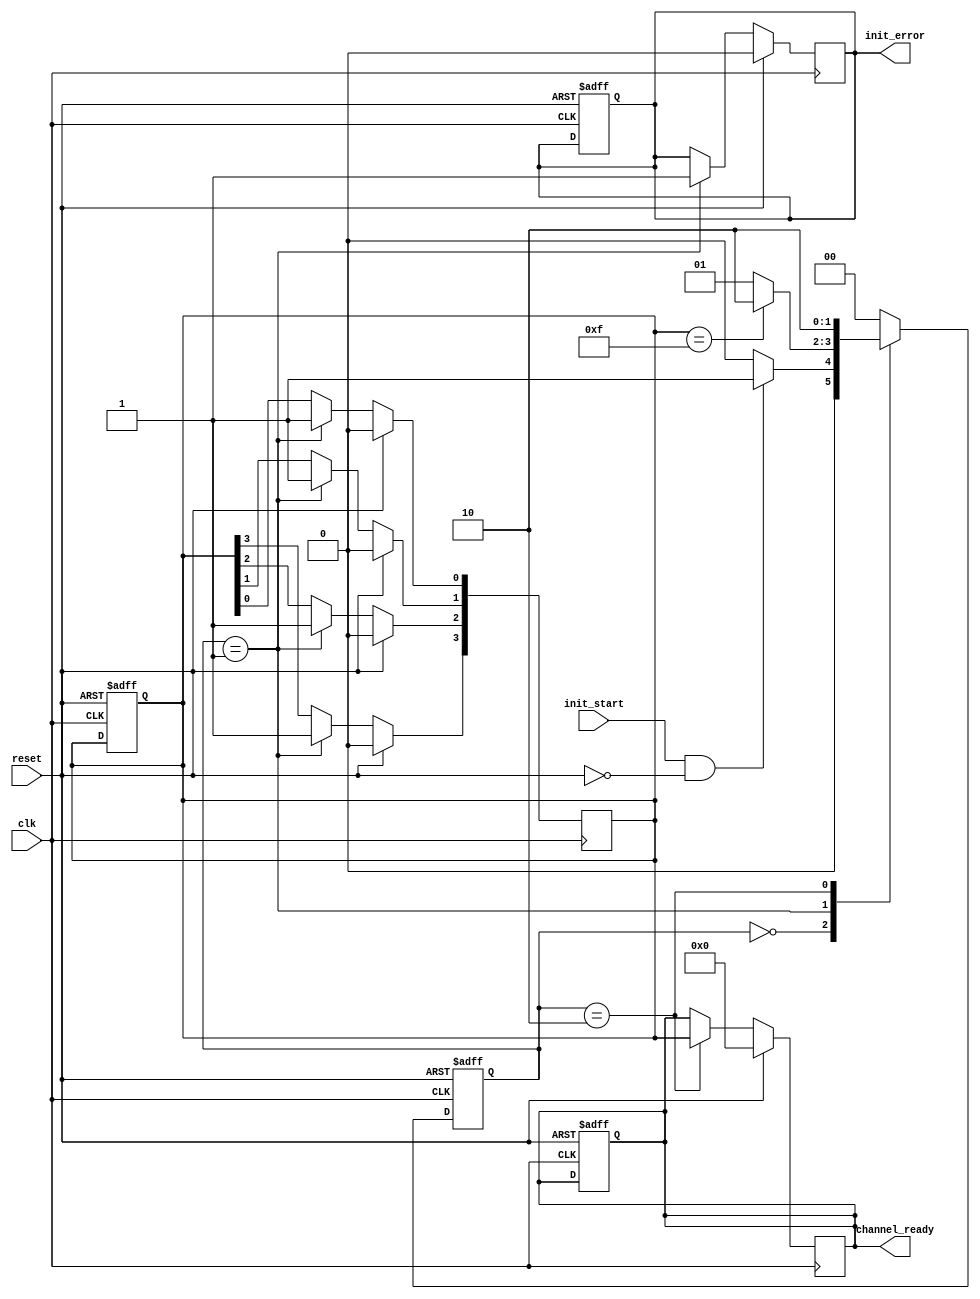
module multi_channel_init #(parameter NUM_CHANNELS = 4,      // Parameter for configurable number of channels
                            parameter INITIAL_VALUE = 0,     // Default initial value for channels
                            parameter ERROR_THRESHOLD = 1)   // Simulated error detection threshold
(
    input wire clk,
    input wire reset,
    input wire init_start,
    output reg [NUM_CHANNELS-1:0] channel_ready,
    output reg init_error
);

    // State Definitions
    localparam IDLE        = 2'b00;
    localparam CONFIGURE   = 2'b01;
    localparam READY       = 2'b10;

    reg [1:0] state;
    reg [1:0] next_state;
    reg [NUM_CHANNELS-1:0] channel_status;
    integer i;

    // FSM state transition
    always @(posedge clk or posedge reset) begin
        if (reset) begin
            state <= IDLE;
            channel_ready <= 0;
            init_error <= 0;
            channel_status <= 0;
        end else begin
            state <= next_state;
        end
    end

    // Next State Logic
    always @(*) begin
        case (state)
            IDLE: begin
                if (init_start && !reset) begin
                    next_state = CONFIGURE;
                end else begin
                    next_state = IDLE;
                end
            end
            
            CONFIGURE: begin
                next_state = (channel_status == (1 << NUM_CHANNELS) - 1) ? READY : CONFIGURE; // Check if all channels are configured
            end
            
            READY: begin
                next_state = READY;
            end
            
            default: next_state = IDLE; // Default fallback
        endcase
    end

    // Channel Initialization Process
    always @(posedge clk) begin
        if (reset) begin
            channel_status <= 0;
            channel_ready <= 0;
            init_error <= 0;
        end else begin
            case (state)
                CONFIGURE: begin
                    for (i = 0; i < NUM_CHANNELS; i = i + 1) begin
                        // Simulate configuration process, you can replace this with actual config logic
                        if (channel_status[i] == 0) begin
                            channel_status[i] <= 1; // Mark channel as ready
                        end
                        // Simulate an error condition
                        if (i == ERROR_THRESHOLD) begin
                            init_error <= 1; // Trigger an error if some condition met
                        end
                    end
                end
                
                READY: begin
                    channel_ready <= channel_status; // Output the channel status
                end
            endcase
        end
    end

endmodule